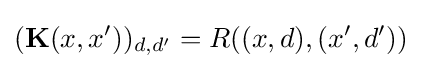
(\mathbf {K} (x,x'))_{d,d'}=R((x,d),(x',d'))